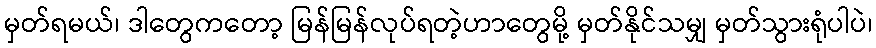
မှတ်ရမယ်၊ ဒါတွေကတော့ မြန်မြန်လုပ်ရတဲ့ဟာတွေမို့ မှတ်နိုင်သမျှ မှတ်သွားရုံပါပဲ၊